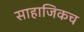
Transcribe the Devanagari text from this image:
साहाजिकच